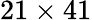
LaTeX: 21\times 41